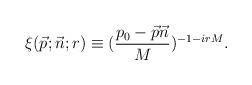
LaTeX: \begin{align*}\xi (\vec p; \vec n; r)\equiv (\frac{p_0-\vec p\vec n}{M})^{-1-irM}.\end{align*}